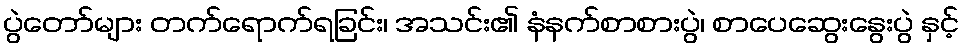
ပွဲတော်များ တက်ရောက်ရခြင်း၊ အသင်း၏ နံနက်စာစားပွဲ၊ စာပေဆွေးနွေးပွဲ နှင့်